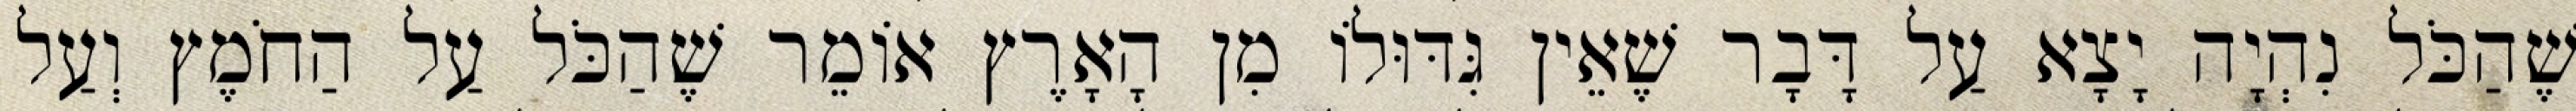
שֶׁהַכֹּל נִהְיָה יָצָא עַל דָּבָר שֶׁאֵין גִּדּוּלוֹ מִן הָאָרֶץ אוֹמֵר שֶׁהַכֹּל עַל הַחֹמֶץ וְעַל